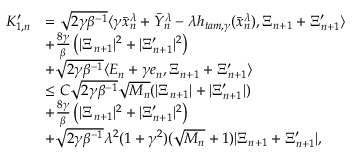
\begin{array} { r l } { K _ { 1 , n } ^ { \prime } } & { = \sqrt { 2 \gamma \beta ^ { - 1 } } \langle \gamma \bar { x } _ { n } ^ { \lambda } + \bar { Y } _ { n } ^ { \lambda } - \lambda h _ { t a m , \gamma } ( \bar { x } _ { n } ^ { \lambda } ) , \Xi _ { n + 1 } + \Xi _ { n + 1 } ^ { \prime } \rangle } \\ & { + \frac { 8 \gamma } { \beta } \left( | \Xi _ { n + 1 } | ^ { 2 } + | \Xi _ { n + 1 } ^ { \prime } | ^ { 2 } \right) } \\ & { + \sqrt { 2 \gamma \beta ^ { - 1 } } \langle E _ { n } + \gamma e _ { n } , \Xi _ { n + 1 } + \Xi _ { n + 1 } ^ { \prime } \rangle } \\ & { \leq C \sqrt { 2 \gamma \beta ^ { - 1 } } \sqrt { M _ { n } } ( | \Xi _ { n + 1 } | + | \Xi _ { n + 1 } ^ { \prime } | ) } \\ & { + \frac { 8 \gamma } { \beta } \left( | \Xi _ { n + 1 } | ^ { 2 } + | \Xi _ { n + 1 } ^ { \prime } | ^ { 2 } \right) } \\ & { + \sqrt { 2 \gamma \beta ^ { - 1 } } \lambda ^ { 2 } ( 1 + \gamma ^ { 2 } ) ( \sqrt { M _ { n } } + 1 ) | \Xi _ { n + 1 } + \Xi _ { n + 1 } ^ { \prime } | , } \end{array}